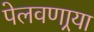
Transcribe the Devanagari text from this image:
पेलवणार्‍या